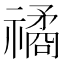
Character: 𥛯